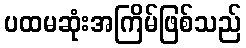
ပထမဆုံးအကြိမ်ဖြစ်သည်